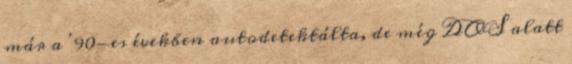
már a '90-es években autodetektálta, de még DOS alatt